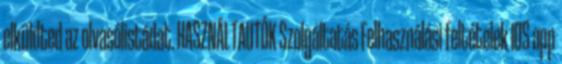
elküldted az olvasólistádat. HASZNÁLTAUTÓK Szolgáltatás Felhasználási feltételek IOS app